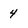
Character: 4